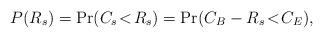
LaTeX: \begin{align*}P(R_s) &= \Pr(C_s \!<\! R_s) = \Pr(C_B - R_s \!<\! C_E),\end{align*}